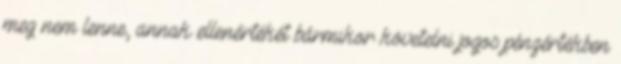
meg nem lenne, annak ellenértékét bármikor követelni jogos pénzértékben